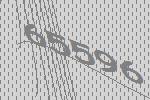
65596